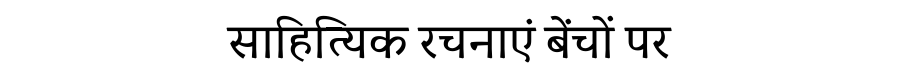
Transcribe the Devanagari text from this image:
साहित्यिक रचनाएं बेंचों पर